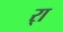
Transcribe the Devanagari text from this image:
र्‍ाॣ